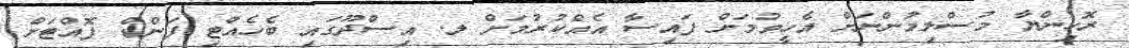
ރޮހިންޔާ މުސްލިމުންނަށް އެހީވުމަށް ފައިސާ އެއްކުރުމަށް ލ. އިސްދޫގައި ބެހެއްޓި ފަންޑް ފޮއްޓަށް